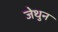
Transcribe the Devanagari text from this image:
जेथुन